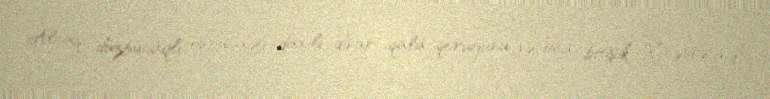
Alçaq düzbucaqlı onbucaqlı daxili divar qala qoruğunu və ona bitişik X əsrə aid